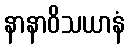
နာနာဝိသယာနံ